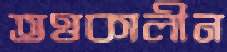
তত্তকালীন